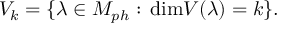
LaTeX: { \cal V } _ { k } = \{ \lambda \in { \cal M } _ { p h } : \, \mathrm { d i m } V ( \lambda ) = k \} .